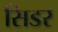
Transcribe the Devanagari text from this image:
सिडर